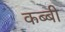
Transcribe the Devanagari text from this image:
कब्बी